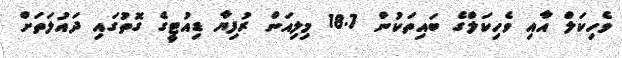
ވެހިކަލް އާއި ވެހިކަލްްގެ ބައިތަކުން 18.7 މިލިއަން ރުފިޔާ ޑިއުޓީގެ ގޮތުގައި ދައުލަތަށް